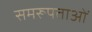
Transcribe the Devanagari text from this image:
समरूपताओं